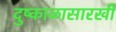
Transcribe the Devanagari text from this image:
दुष्काळासारखी